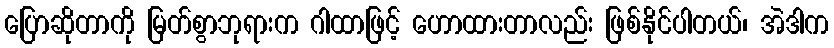
ပြောဆိုတာကို မြတ်စွာဘုရားက ဂါထာဖြင့် ဟောထားတာလည်း ဖြစ်နိုင်ပါတယ်၊ အဲဒါက